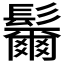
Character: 𩯨